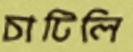
চাটিলি